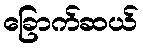
ခြောက်ဆယ်